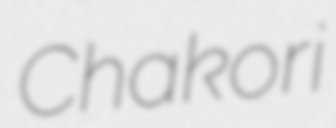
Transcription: Chakori